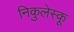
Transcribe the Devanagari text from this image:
निकुलेस्कू